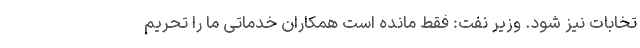
تخابات نیز شود. وزیر نفت: فقط مانده است همکاران خدماتی ما را تحریم